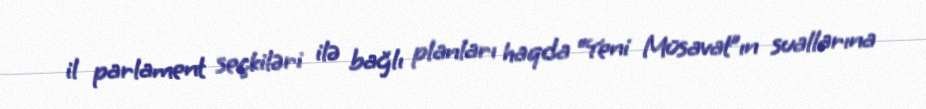
il parlament seçkiləri ilə bağlı planları haqda “Yeni Müsavat”ın suallarına